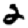
Digit: 2